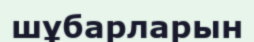
шұбарларын